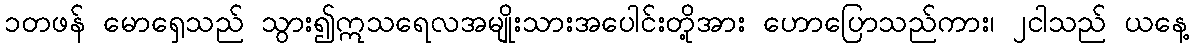
၁တဖန် မောရှေသည် သွား၍ဣသရေလအမျိုးသားအပေါင်းတို့အား ဟောပြောသည်ကား၊ ၂ငါသည် ယနေ့